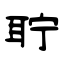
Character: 聍